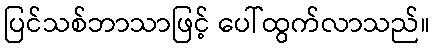
ပြင်သစ်ဘာသာဖြင့် ပေါ်ထွက်လာသည်။